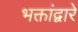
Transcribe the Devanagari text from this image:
भक्तांद्वारे